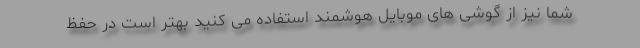
شما نیز از گوشی های موبایل هوشمند استفاده می کنید بهتر است در حفظ